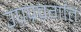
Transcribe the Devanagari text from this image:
उपप्रवर्गात